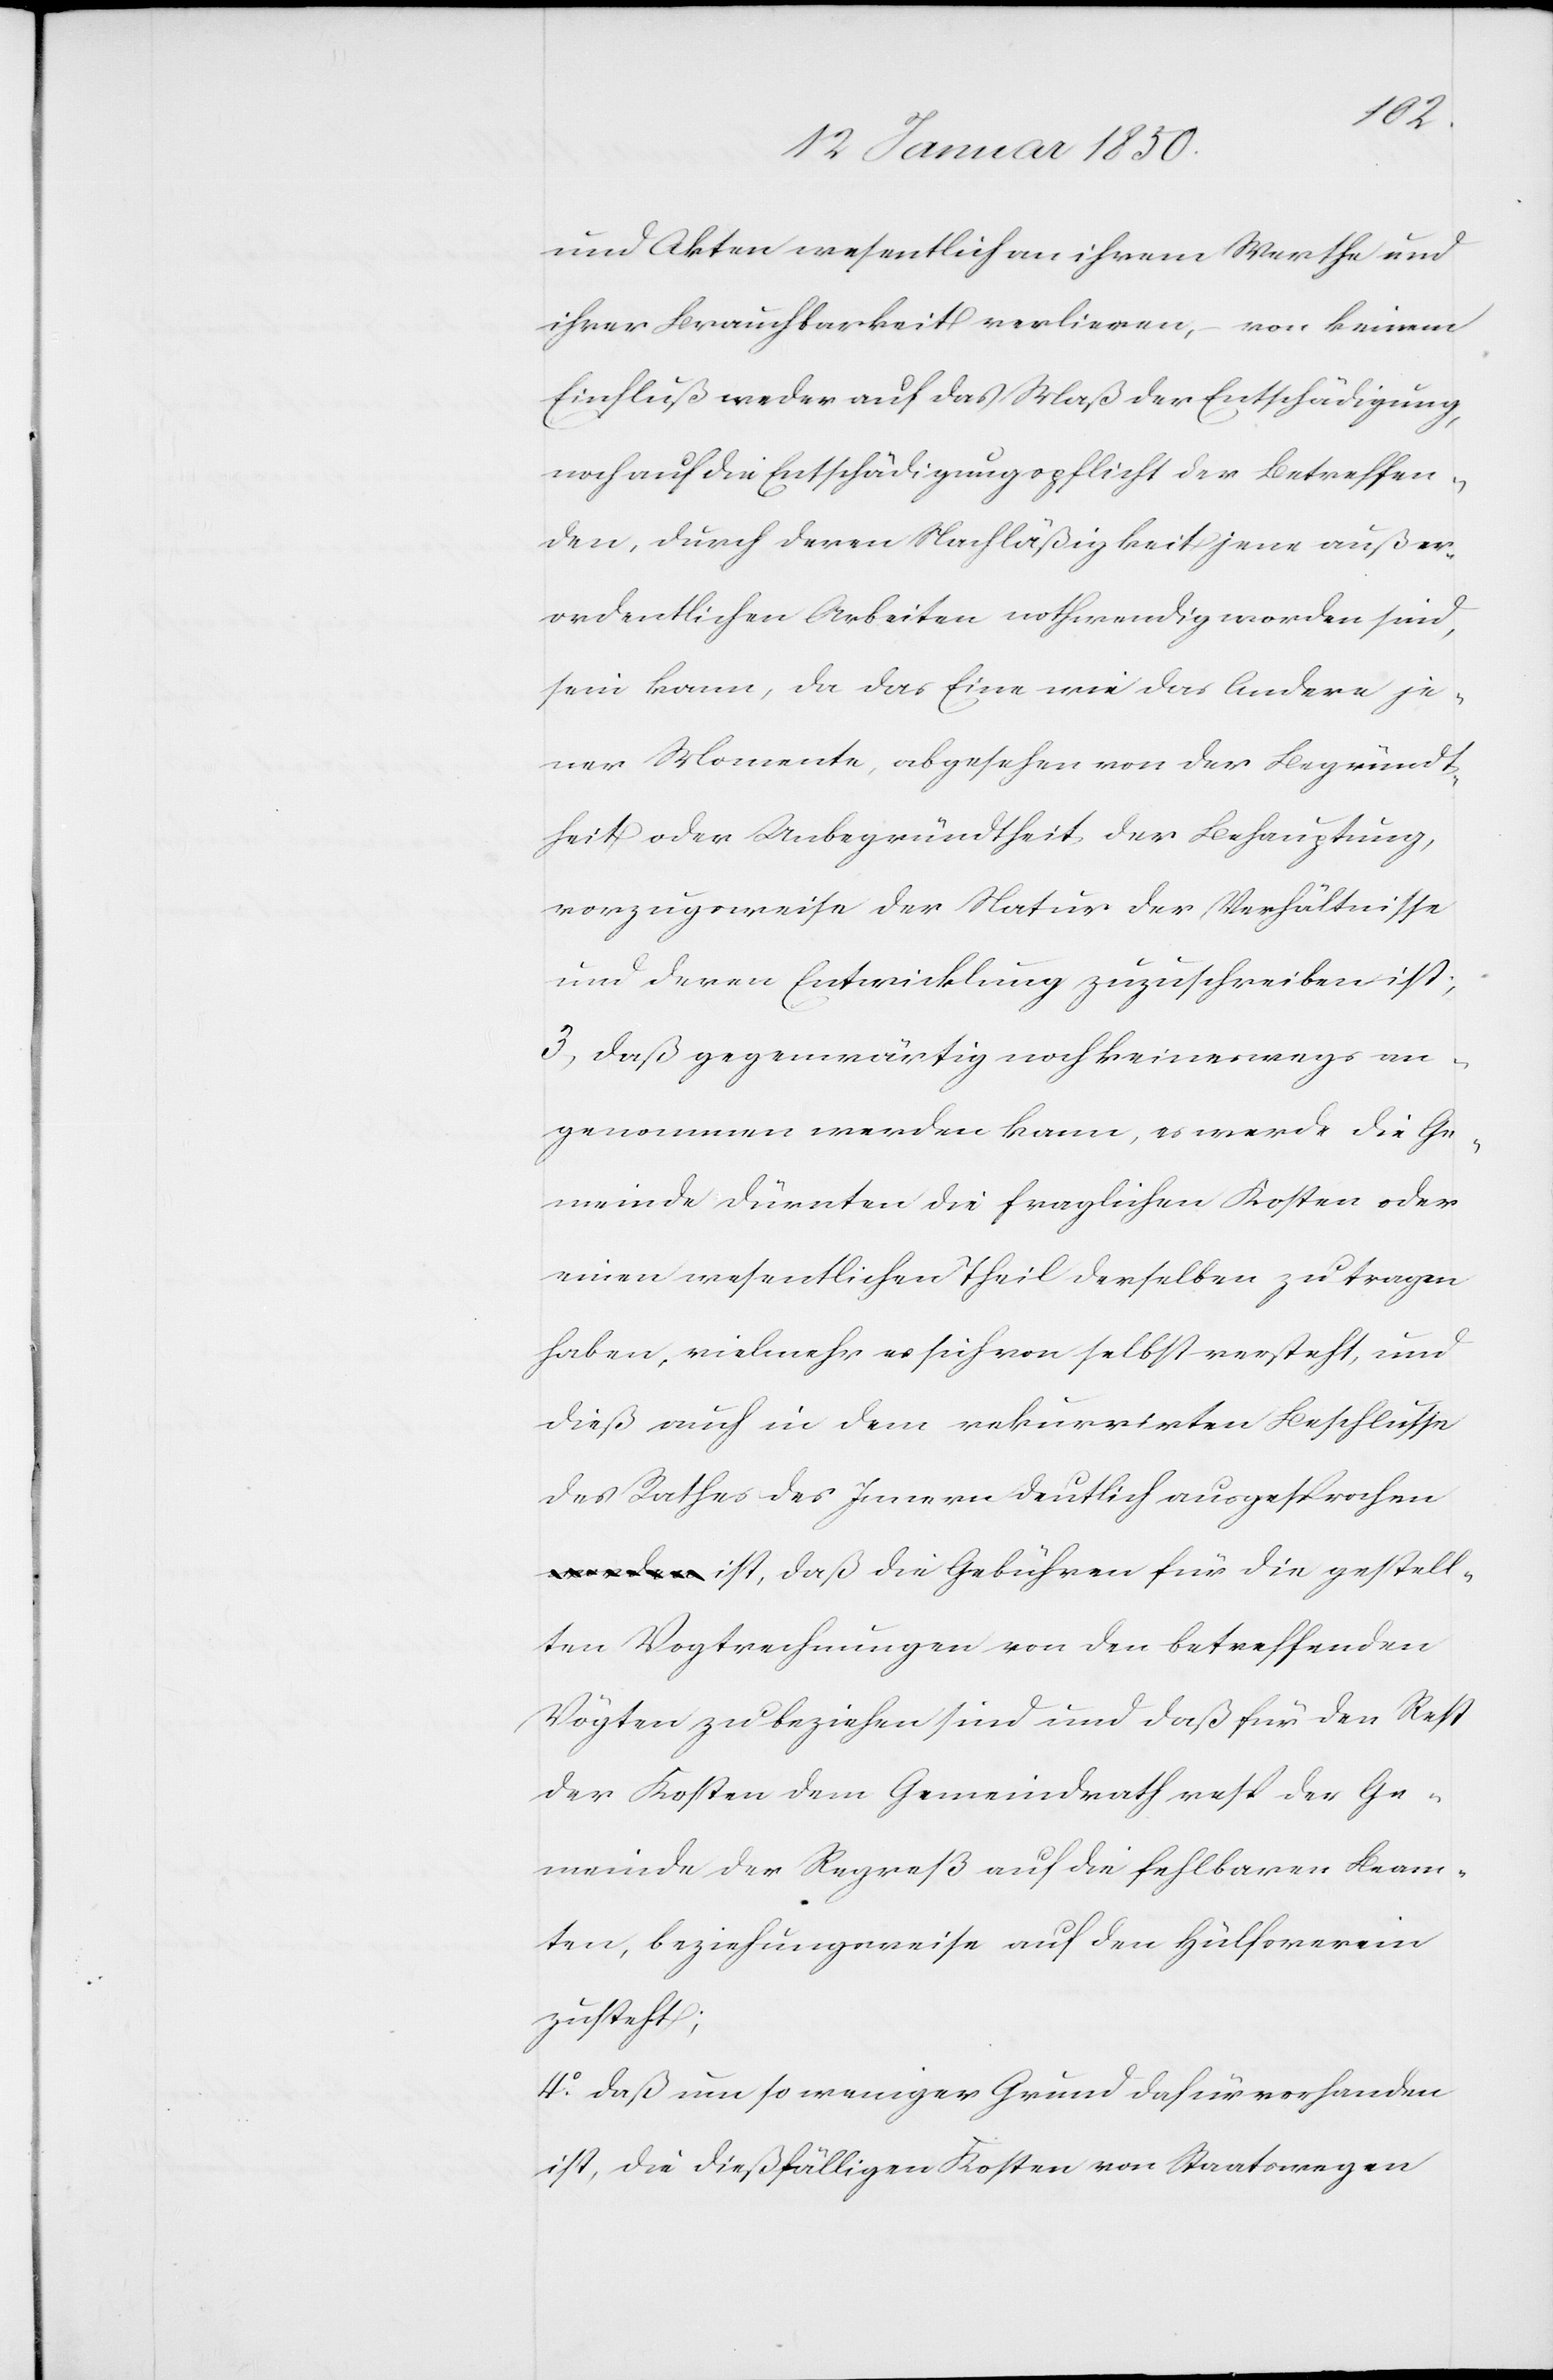
und Akten wesentlich an ihrem Werthe und
ihrer Brauchbarkeit verlieren, von keinem
Einfluß weder auf das Maß der Entschädigung,
noch auf die Entschädigungspflicht der Betreffen¬
den, durch deren Nachläßigkeit jene außer¬
ordentlichen Arbeiten nothwendig worden sind,
sein kann, da das Eine wie das Andere je¬
ner Momente, abgesehen von der Begründt¬
heit oder Unbegründtheit der Behauptung,
vorzugsweise der Natur der Verhältnisse
und deren Entwicklung zuzuschreiben ist;
3. daß gegenwärtig noch keineswegs an¬
genommen werden kann, es werde die Ge¬
meinde Dürnten die fraglichen Kosten oder
einen wesentlichen Theil derselben zu tragen
haben, vielmehr es sich von selbst versteht, und
dieß auch in dem rekurrirten Beschlusse
des Rathes des Innern deutlich ausgesprochen
ist, daß die Gebühren für die gestell¬
ten Vogtrechnungen von den betreffenden
Vögten zu beziehen sind und daß für den Rest
der Kosten dem Gemeindrath resp der Ge¬
meinde der Regreß auf die fehlbaren Beam¬
ten, beziehungsweise auf den Hülfsverein
zusteht;
4o. daß um so weniger Grund dafür vorhanden
ist, die dießfälligen Kosten von Staatswegen